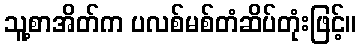
သူ့စာအိတ်က ပလစ်မစ်တံဆိပ်တုံးဖြင့်။